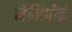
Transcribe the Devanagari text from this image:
मेलिपोने